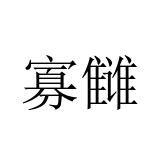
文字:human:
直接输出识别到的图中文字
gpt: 寡雠